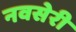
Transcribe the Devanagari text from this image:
नवसेरी